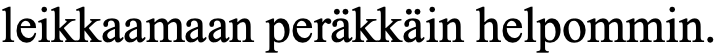
leikkaamaan peräkkäin helpommin.